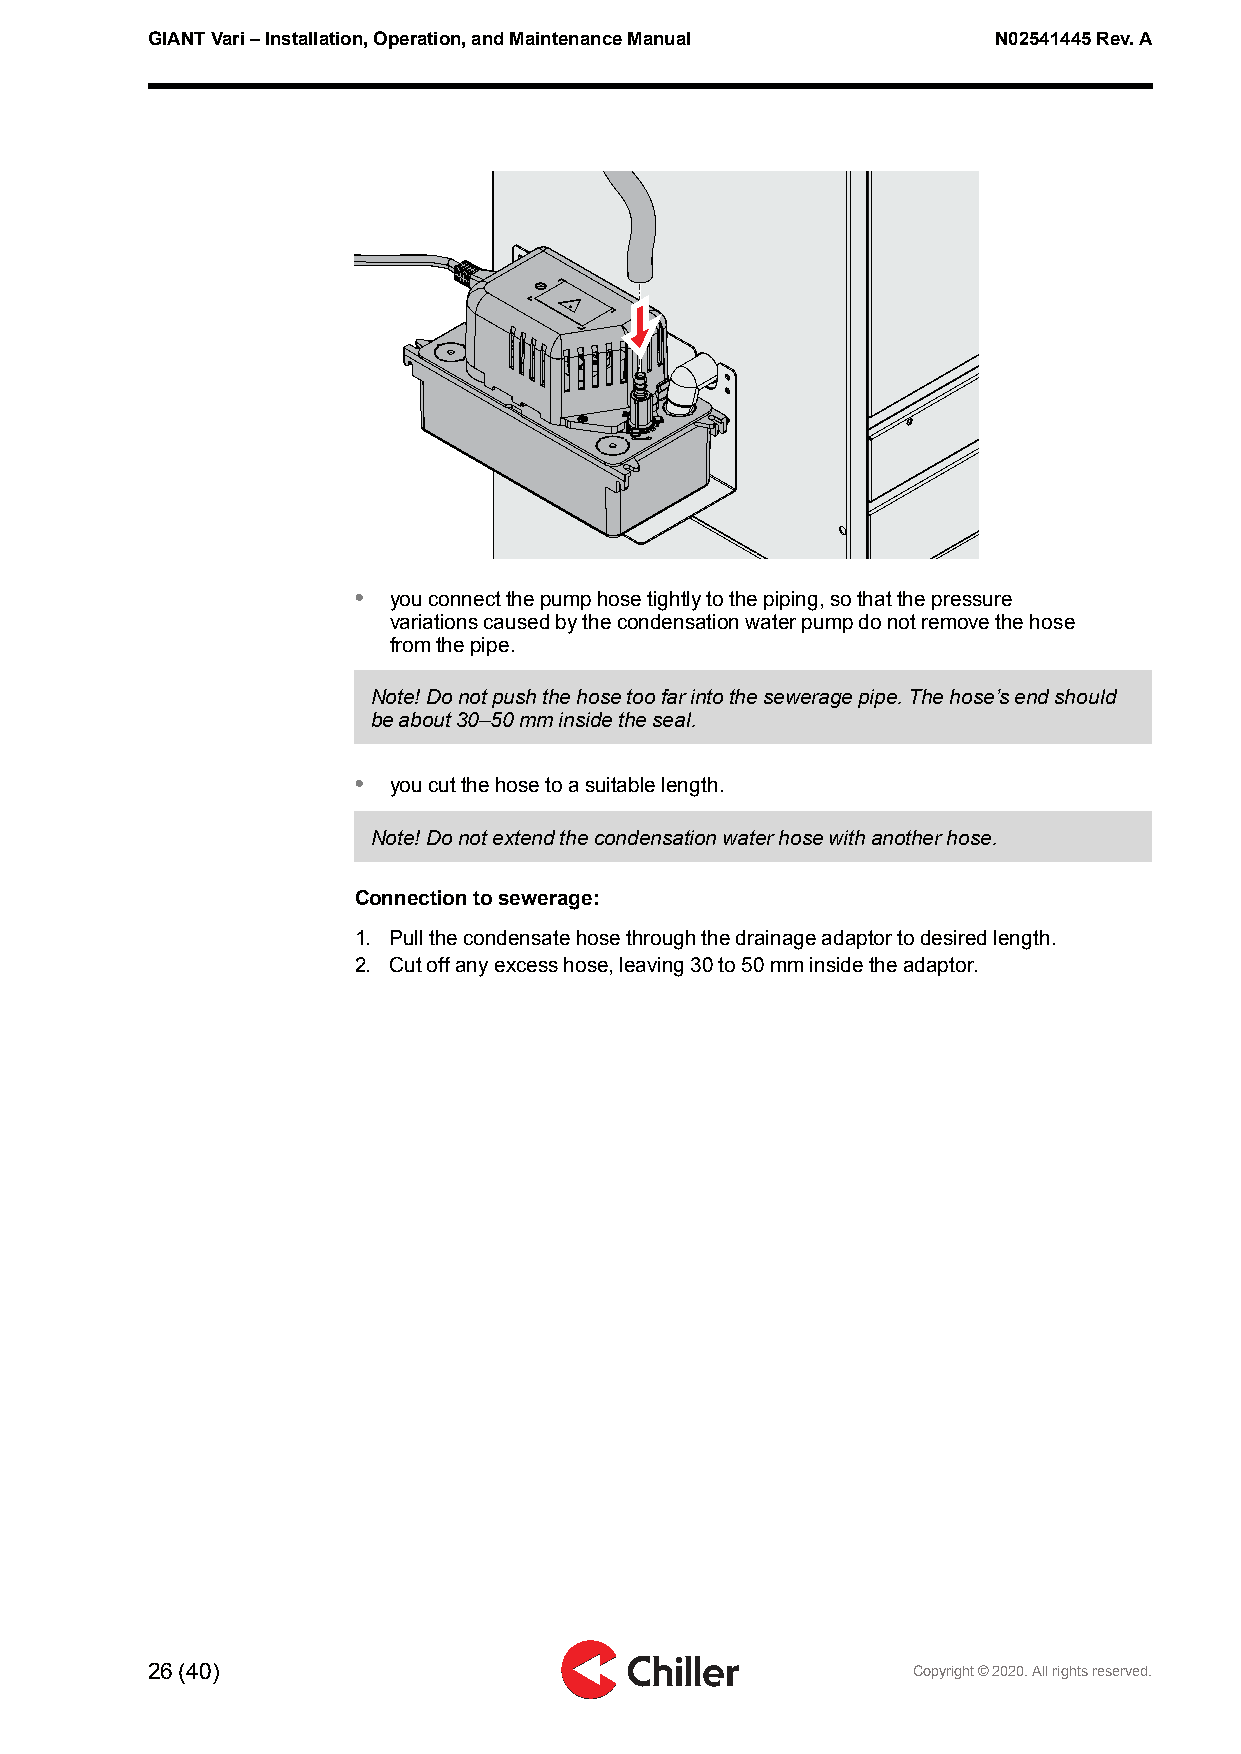
GIANTVari–Installation,Operation,andMaintenanceManual   N02541445Rev.A
 •  youconnectthepumphosetightlytothepiping,sothatthepressure
 variationscausedbythecondensationwaterpumpdonotremovethehose
 fromthepipe.
 Note!Donotpushthehosetoofarintotheseweragepipe.Thehose’sendshould
 beabout30–50mminsidetheseal.
 •  youcutthehosetoasuitablelength.
 Note!Donotextendthecondensationwaterhosewithanotherhose.
 Connectiontosewerage:
 1. Pullthecondensatehosethroughthedrainageadaptortodesiredlength.
 2. Cutoffanyexcesshose,leaving30to50mminsidetheadaptor.
 26(40)                                            Copyright©2020.Allrightsreserved.